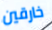
خارقين